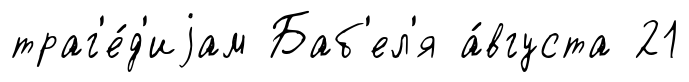
траг'е́д'иjам Баб'ел'я а́вгуста 21